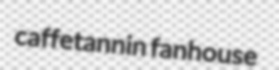
caffetannin fanhouse